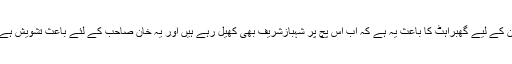
ان کے لیے گھبراہٹ کا باعث یہ ہے کہ اب اس پچ پر شہبازشریف بھی کھیل رہے ہیں اور یہ خان صاحب کے لئے باعث تشویش ہے۔